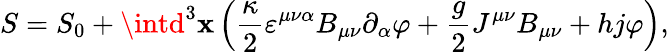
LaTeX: S=S_{0}+\intd^{3}\mathbf{x}\left(\frac{\kappa}{2}\varepsilon^{\mu\nu\alpha}B_{\mu\nu}\partial_{\alpha}\varphi+\frac{g}{2}J^{\mu\nu}B_{\mu\nu}+hj\varphi\right),